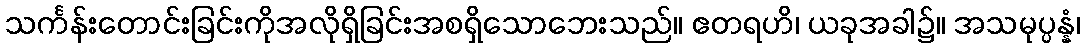
သင်္ကန်းတောင်းခြင်းကိုအလိုရှိခြင်းအစရှိသောဘေးသည်။ ဧတရဟိ၊ ယခုအခါ၌။ အသမုပ္ပန္နံ၊